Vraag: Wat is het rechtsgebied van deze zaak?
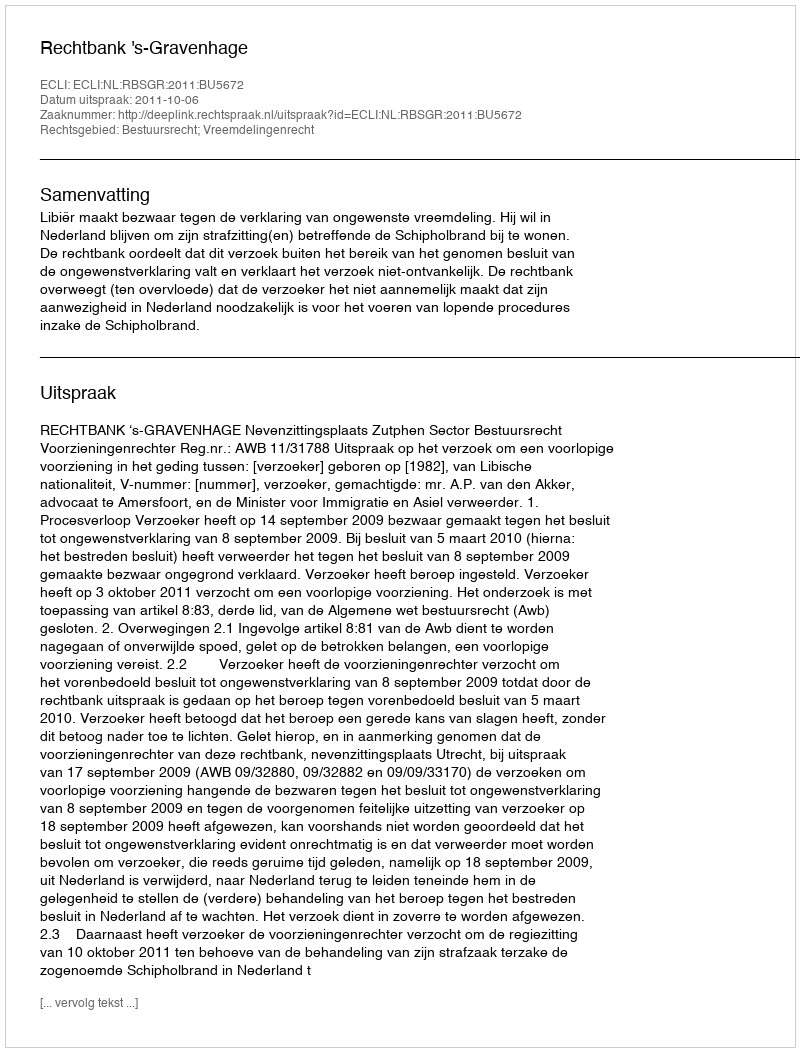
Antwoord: Bestuursrecht; Vreemdelingenrecht